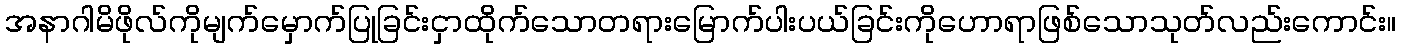
အနာဂါမိဖိုလ်ကိုမျက်မှောက်ပြုခြင်းငှာထိုက်သောတရားမြောက်ပါးပယ်ခြင်းကိုဟောရာဖြစ်သောသုတ်လည်းကောင်း။